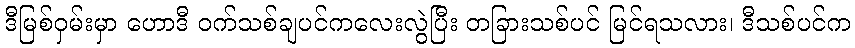
ဒီမြစ်ဝှမ်းမှာ ဟောဒီ ဝက်သစ်ချပင်ကလေးလွဲပြီး တခြားသစ်ပင် မြင်ရသလား၊ ဒီသစ်ပင်က